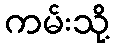
ကမ်းသို့